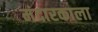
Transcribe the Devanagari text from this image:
मंदारकाला